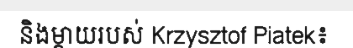
និងម្តាយរបស់ Krzysztof Piatek៖